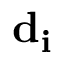
{ \bf d _ { i } }